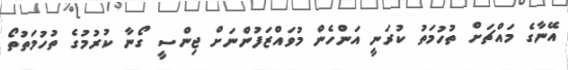
އޭނާގެ މައްޗަށް ތުހުމަތު ކުރަނީ އަންހެން މުވައްޒަފުންނަށް ޖިންސީ ގޯނާ ކުރުމުގެ ތުހުމަތުތޯ